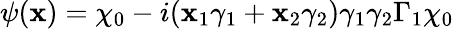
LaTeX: \psi(\mathbf{x})=\chi_{0}-i(\mathbf{x}_{1}\gamma_{1}+\mathbf{x}_{2}\gamma_{2})\gamma_{1}\gamma_{2}\Gamma_{1}\chi_{0}